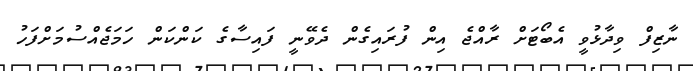
ނާޒިފް ވިދާޅުވީ އެބޯޓަށް ރާއްޖެ އިން ފުރައިގެން ދެވޭނީ ފައިސާގެ ކަންކަން ހަމަޖެއްސުމަށްފަހު